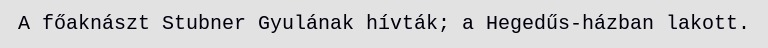
A főaknászt Stubner Gyulának hívták; a Hegedűs-házban lakott.